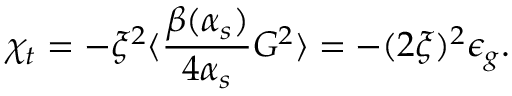
\chi _ { t } = - \xi ^ { 2 } \langle { \frac { \beta ( \alpha _ { s } ) } { 4 \alpha _ { s } } } G ^ { 2 } \rangle = - ( 2 \xi ) ^ { 2 } \epsilon _ { g } .